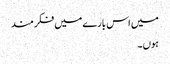
میں اس بارے میں فکر مند
ہوں۔